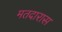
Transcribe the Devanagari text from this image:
मतदारास